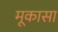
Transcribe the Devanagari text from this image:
मूकासा